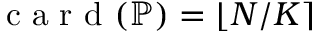
\mathrm { ~ c ~ a ~ r ~ d ~ } ( \mathbb { P } ) = \lfloor N / K \rceil